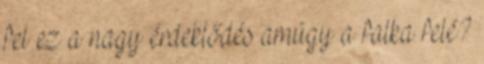
fel ez a nagy érdeklődés amúgy a falka felé?